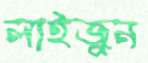
লাইজুন